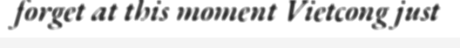
forget at this moment Vietcong just